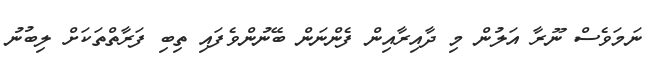
ނަމަވެސް ނޫރާ އަލުން މި ދާއިރާއިން ފެންނަން ބޭނުންވެފައި ތިބި ފަރާތްތަކަށް ލިބުނު